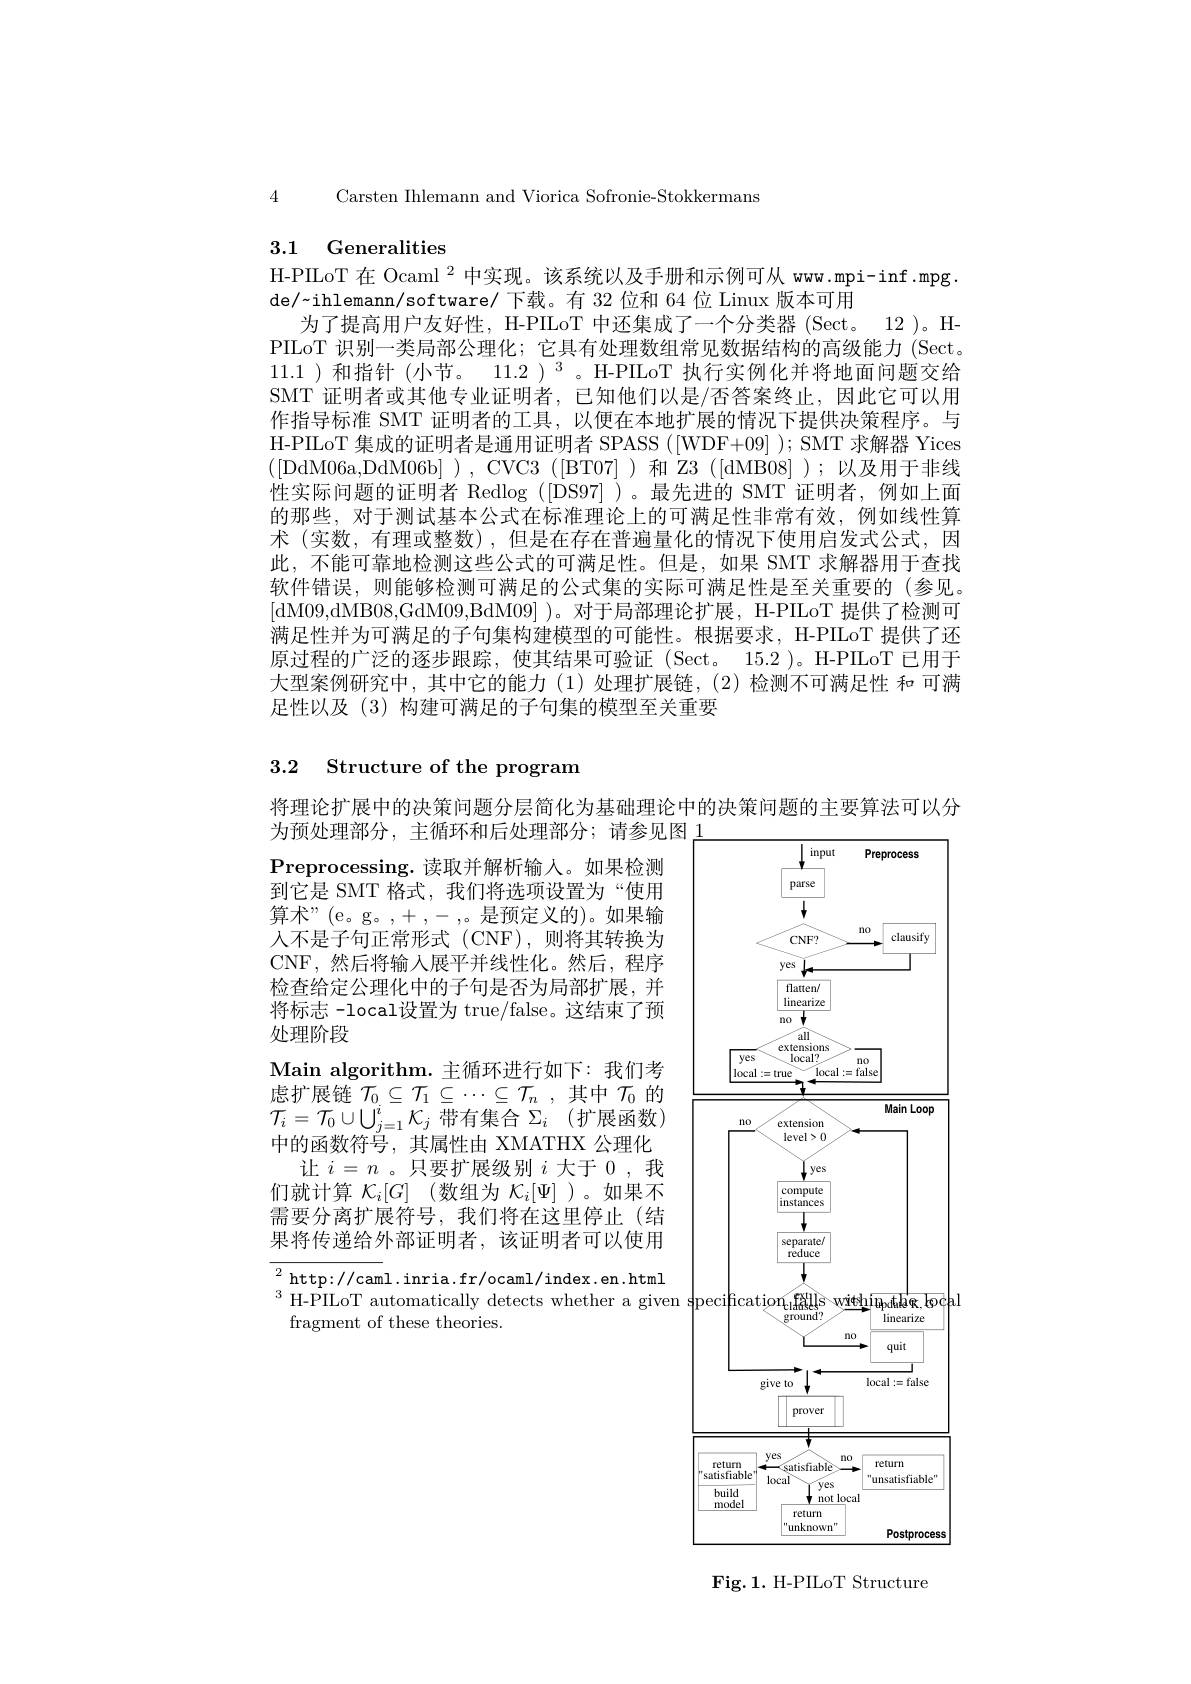
Carsten Ihlemann and Viorica Sofronie-Stokkermans

4

## 3.1 Generalities
H-PILoT 在 Ocaml $^{2}$中实现。该系统以及手册和示例可从 www.mpi-inf .mpg.

de/~ihlemann/software/ 下载。有 32 位和 64 位 Linux 版本可用
为了提高用户友好性，H-PILoT 中环集成了一个分类器 (Sect。12)。H PILoT 识别一类局部公理化；它具有处理数组常见数据结构的高级能力 (Sect。11.1 )和指针 (小节。11.2 )$^3$。H-PILoT 执行实例化并将地面问题交给SMT 证明者或其他专业证明者，已知他们以是/否答案终止，因此它可以用作指导标准 SMT 证明者的工具，以便在本地扩展的情况下提供决策程序。与H-PIILoT 集成的证明者是通用证明者 SPASS ([WDF+ 09] ); SMT 求解器 Yices ([DdM06a,DdM06b] ),CVC3([BT07] )和 Z3([dMB08] );以及用于非线性实际问题的证明者 Redlog ([DS97] )。最先进的 SMT 证明者，例如上面的那些，对于测试基本公式在标准理论上的可满足性非常有效，例如线性算术 (实数，有理或整数) ,但是在存在普遍量化的情况下使用启发式公式，因此，不能可靠地检测这些公式的可满足性。但是，如果 SMT 求解器用于查找软件错误，则能够检测可满足的公式集的实际可满足性是至关重要的(参见。[dM09,dMB08,GdM09,BdM09] )。对于局部理论扩展，H-PILoT 提供了检测可满足性并为可满足的子句集构建模型的可能性。根据要求，H-PIILoT 提供了还原过程的广泛的逐步跟踪，使其结果可验证(Sect。15.2 )。H-PIILoT 已用于大型案例研究中，其中它的能力(1)处理扩展链，(2)检测不可满足性 和 可满足性以及 (3) 构建可满足的子句集的模型至关重要

### 3.2 Structure of the program

将理论扩展中的决策问题分层简化为基础理论中的决策问题的主要算法可以分
为预处理部分，主循环和后处理部分；请参见图上

Preprocessing. 读取并解析输入。如果检测到它是 SMT 格式，我们将选项设置为“使用算术”(e。g。,+,-,,是预定义的)。如果输人不是子句正常形式(CNF),则将其转换为CNF,然后将输入展平并线性化。然后，程序检查给定公理化中的子句是否为局部扩展，并将标志 -local设置为 true/false。这结束了预处理阶段
Main algorithm. 主循环进行如下：我们考虑扩展链$\mathcal{T}_0\subseteq\mathcal{T}_1\subseteq\cdots\subseteq\mathcal{T}_n$,其中$\mathcal{T}_0$的$\mathcal{T}_i=\mathcal{T}_0\cup\bigcup_{j=1}^n\mathcal{K}_j$带有集合$\Sigma_i$ (扩展函数) 中的函数符号，其属性由 XMATHX 公理化
让$i=n$ 。只要扩展级别$i$大于0，我们就计算 $\mathcal{K} _i[ G]$ (数组为 $\mathcal{K}_i[\Psi]$ )。如果不需要分离扩展符号，我们将在这里停止(结果将传递给外部证明者，该证明者可以使用

<FigureHere>

${\overline{{^2}\mathrm{http:}//c\mathrm{am}}}$l.inria.fr/ocaml/index.en.html
${}^{3}{\text{ H-PILoT automatically detects whether a given s}}$pe
fragment of these theories.

Fig.1. H-PILoT Structure